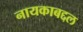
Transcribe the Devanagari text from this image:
नायकाबद्दल